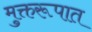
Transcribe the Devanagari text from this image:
मुक्तरूपात